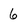
Character: 6